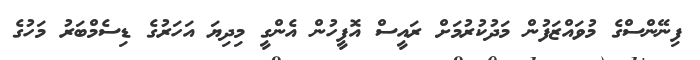
ފިނޭންސްގެ މުވައްޒަފުން މަދުކުރުމަށް ރައީސް އޮފީހުން އެންގީ މިދިޔަ އަހަރުގެ ޑިސެމްބަރު މަހުގެ